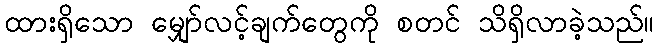
ထားရှိသော မျှော်လင့်ချက်တွေကို စတင် သိရှိလာခဲ့သည်။